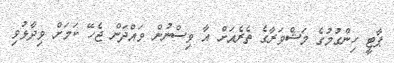
ޕާޓީ ހިންގުމުގެ މަޝްވަރާގެ ތެރެއަށް އާ ވިސްނުން ވައްދަން ޖެހޭ ކަމަށް ވިދާޅުވި